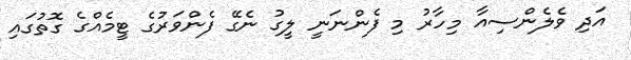
އަދި ވެލެންސިއާ މިހާރު މި ފެންނަނީ ލީގު ނެގޭ ފެންވަރުގެ ޓީމެއްގެ ގޮތުގައި